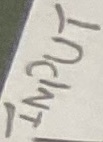
Text: INPUT